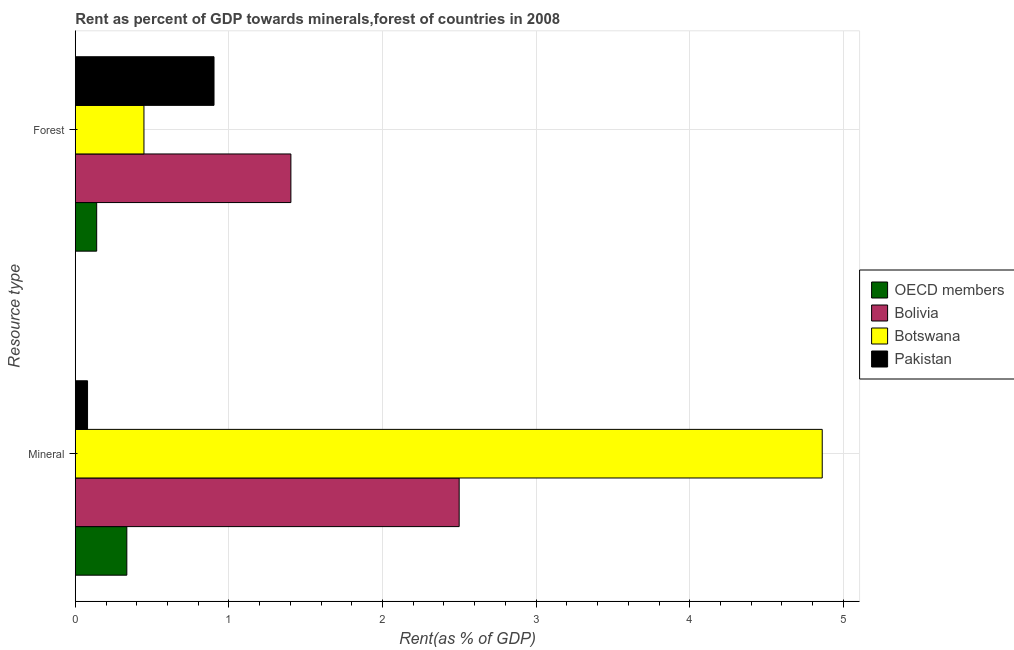
| Resource type | OECD members | Bolivia | Botswana | Pakistan |
 | --- | --- | --- | --- | --- |
 | Mineral | 0.335 | 2.5 | 4.86 | 0.0797 |
 | Forest | 0.139 | 1.4 | 0.447 | 0.903 |